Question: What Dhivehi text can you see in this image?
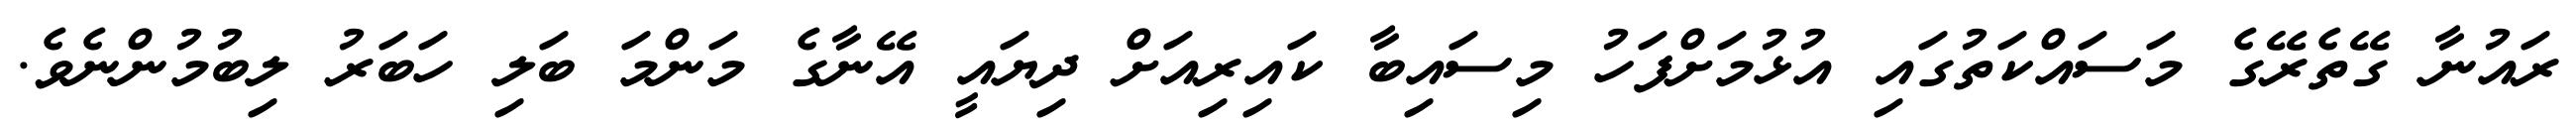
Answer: ރައުނާ ގޭތެރޭގެ މަސައްކަތުގައި އުޅުމަށްފަހު މިސައިބާ ކައިރިއަށް ދިޔައީ އޭނާގެ މަންމަ ބަލި ހަބަރު ލިބުމުންނެވެ.